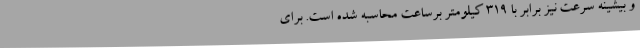
و بیشینه سرعت نیز برابر با 319 کیلومتر برساعت محاسبه شده است. برای